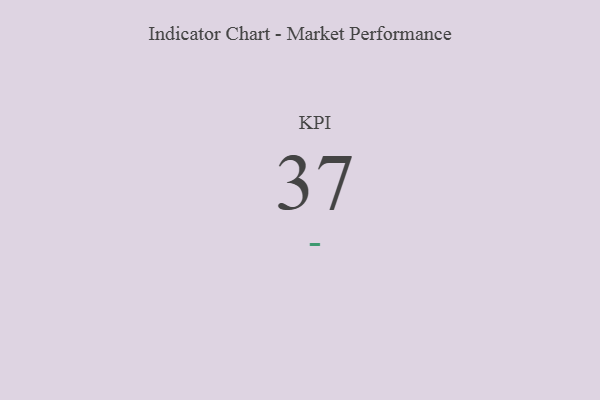
{"axis": {"x": "KPI", "y": "Value"}, "legend": [""], "data": [{"x": "KPI", "y": 37, "type": ""}]}